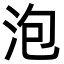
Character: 泡